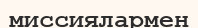
миссиялармен